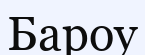
Бароу